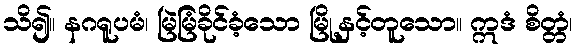
သိ၍။ နဂရူပမံ၊ မြဲမြံခိုင်ခံ့သော မြို့နှင့်တူသော။ ဣဒံ စိတ္တံ၊